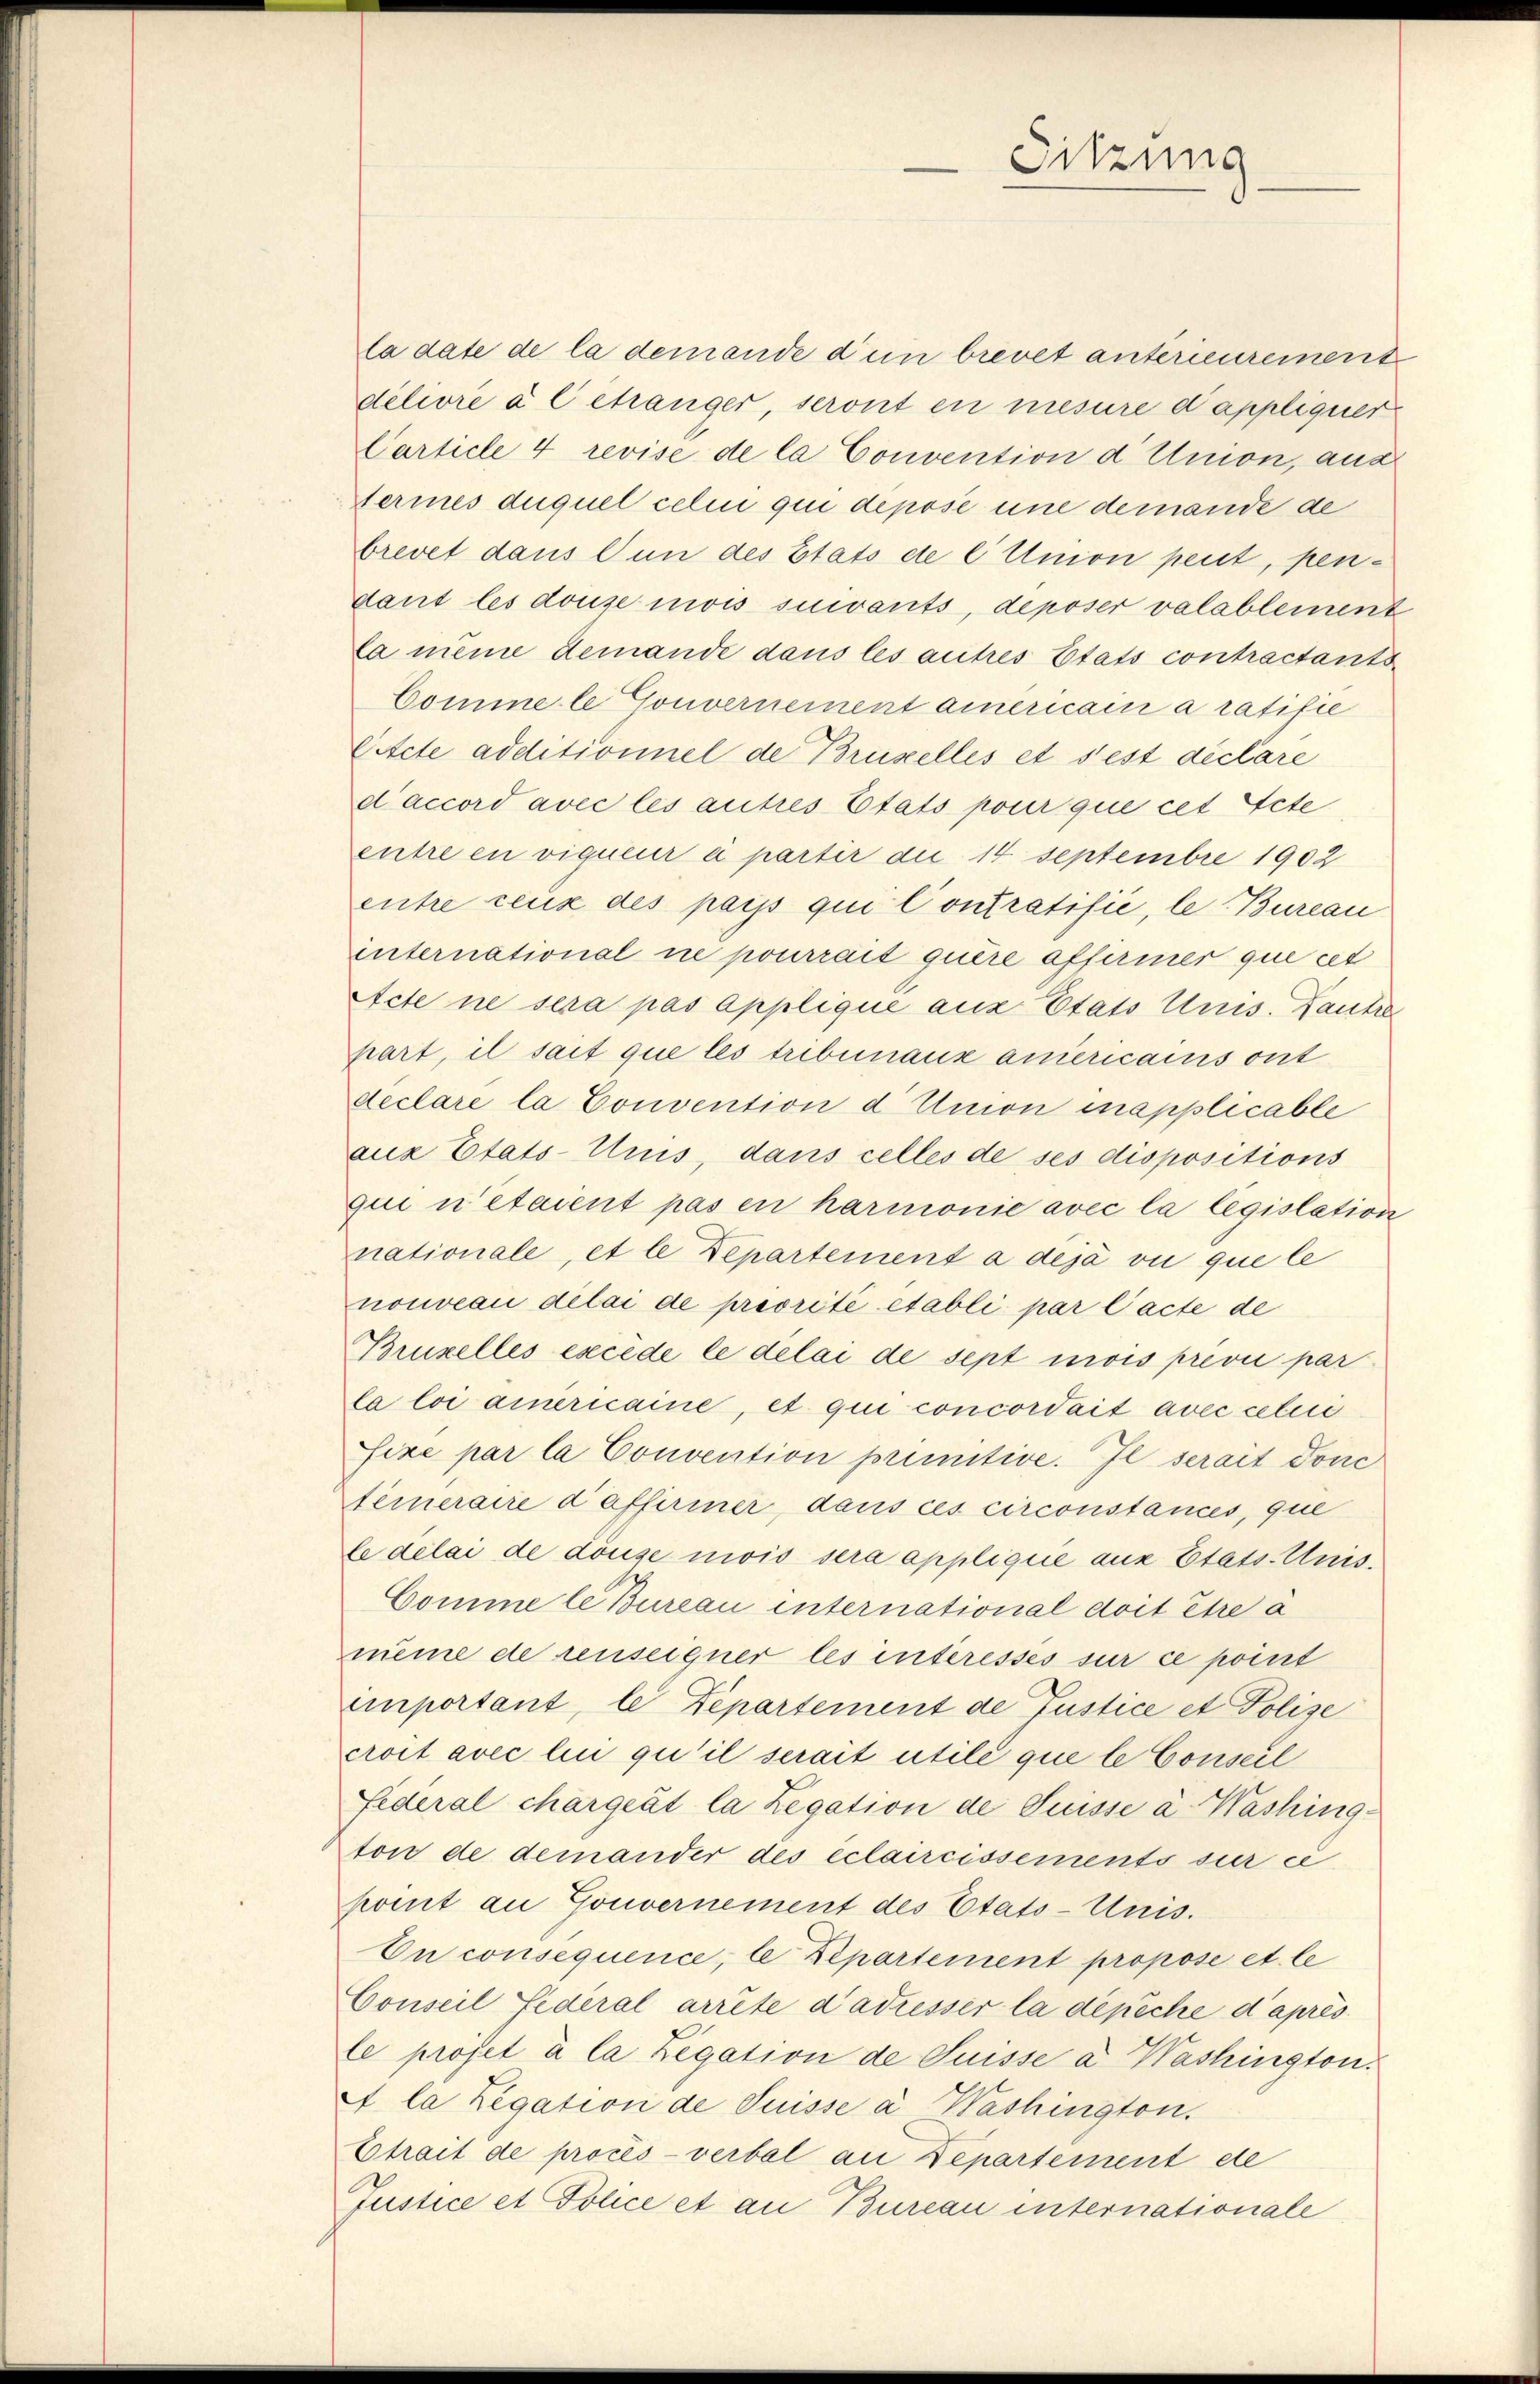
la date de la demande d’un brevet antérieurement
délivré à C étranger, seront en mesure d’appliquer
Carticle 4 revise de la Convention d Union, aus
Hermes duquel celui qui depose eine demande de
brevet dans l’un des Etats de C Union peut, pendant les douze mois suivants, deposer valablement
la meine demande dans les autres Etats contractants
Comme le Gouvernement americain a ratifie
Citete additionnel de Brüzelles et s’est déclare
d’accord avec les autres Etats pour que cet Acte
entre en vigueur à partir die 14 Septembre 1902
entre ceux des pais qui Contratifié, le Bureau
international ne pourrais quere afferiner que cet
Acte ne sera pas applique aus Etats Unis. Laute
hart, il sait que les tribunaux americains ont
declare la Convention d Union inapplicable
aux Etats-Unis, dans celles de ses dispositions
qui n’étaient pas en harmonie avec la legislation
nationale, et le Departement à déjà vu que le
nouveau délai de priorité établi par l’acte de
Bruzelles excède le délai de sept mois privii par
la loi ainericaine, et qui concordait avec celui
fixé par la Convention primitive. Il serait donc
temneraire daffiriner dans ces circonstances, que
le délai de douse mois sera appliquie aus Etats Unis.
Comme le Bureau international doit être à
meine de reuseigner les interessés sur ce point
important, le Departement de Justice et Polize
croit avec lui qu’il serait utile que le Conseil
Federal chargeät la Legation de Suisse à Washing
ton de demander des éclaircissements sur ce
komt an Gouvernement des Etats-Unis.
En consequence, le Departement propose et le
Conseil Federal arrête d’adresser la dépêché d’après.
le projet à la Legation de Suisse a Washington.
et la Legation de Suisse à Washington.
Etrait de procès-verbal an Departement de
Justice et Police et an Bureau internationale

Sitzung